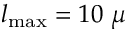
l _ { \mathrm { m a x } } = 1 0 ~ \mu